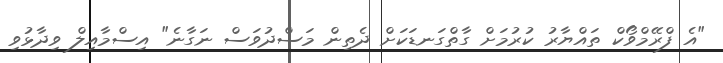
"އެ ފްރޭމްވޯކް ތައްޔާރު ކުރުމަށް ގާތްގަނޑަކަށް ދެތިން މަސްދުވަސް ނަގާނެ" އިސްމާއިލް ވިދާޅުވި